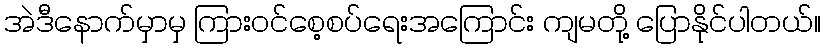
အဲဒီနောက်မှာမှ ကြားဝင်စေ့စပ်ရေးအကြောင်း ကျမတို့ ပြောနိုင်ပါတယ်။